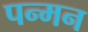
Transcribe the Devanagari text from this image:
पन्मन